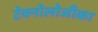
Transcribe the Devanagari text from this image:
टेक्नोलोजीका